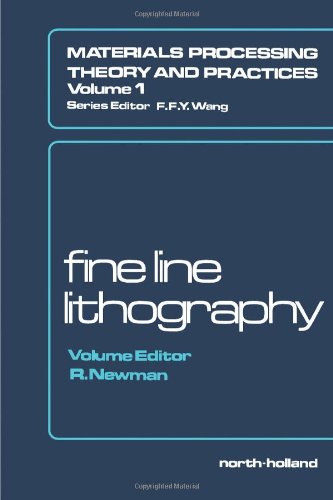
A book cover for Fine-line Lithography (Materials processing, theory and practices, volume 1); Arts & Photography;